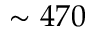
\sim 4 7 0